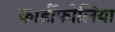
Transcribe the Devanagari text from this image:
कार्डीफोलिया